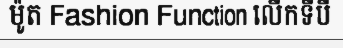
ម៉ូត Fashion Function លើកទីបី